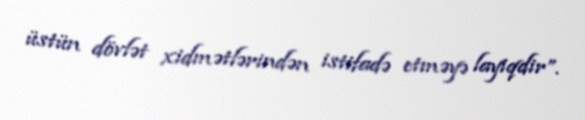
üstün dövlət xidmətlərindən istifadə etməyə layiqdir”.